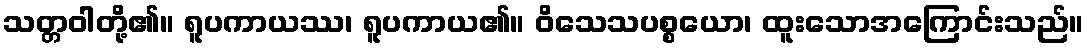
သတ္တဝါတို့၏။ ရူပကာယဿ၊ ရူပကာယ၏။ ဝိသေသပစ္စယော၊ ထူးသောအကြောင်းသည်။